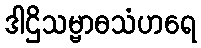
ဒါဌိသမ္ဗာဓသံဟရေ